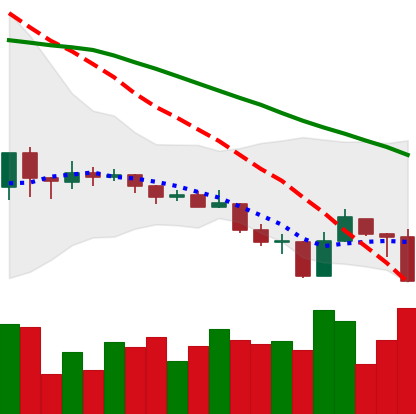
Ticker: ADA-USD
Chart end date: 2019-08-14
Forward return: 7.017%
Label: up_7plus